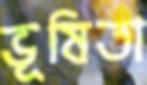
ভূষিতা